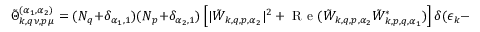
\tilde { \Theta } _ { \boldsymbol { k } , \boldsymbol { q } \nu , \boldsymbol { p } \mu } ^ { ( \alpha _ { 1 } , \alpha _ { 2 } ) } = ( N _ { \boldsymbol { q } } + \delta _ { \alpha _ { 1 } , 1 } ) ( N _ { \boldsymbol { p } } + \delta _ { \alpha _ { 2 } , 1 } ) \left[ | \tilde { W } _ { \boldsymbol { k } , \boldsymbol { q } , \boldsymbol { p } , \alpha _ { 2 } } | ^ { 2 } + \mathrm { ~ R ~ e ~ } ( \tilde { W } _ { \boldsymbol { k } , \boldsymbol { q } , \boldsymbol { p } , \alpha _ { 2 } } \tilde { W } _ { \boldsymbol { k } , \boldsymbol { p } , \boldsymbol { q } , \alpha _ { 1 } } ^ { * } ) \right] \delta ( \epsilon _ { \boldsymbol { k } } - \epsilon _ { \boldsymbol { k } ^ { \prime } } - \alpha _ { 1 } \omega _ { \nu \boldsymbol { q } } - \alpha _ { 2 } \omega _ { \mu \boldsymbol { p } } ) .